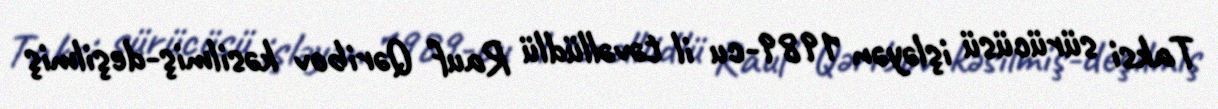
Taksi sürücüsü işləyən 1989-cu il təvəllüdlü Rauf Qəribov kəsilmiş-deşilmiş